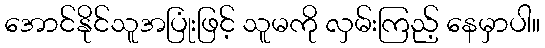
အောင်နိုင်သူအပြုံးဖြင့် သူမကို လှမ်းကြည့် နေမှာပါ။